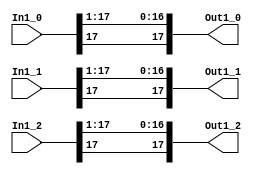
module velocityControlHdl_Double_Range
          (
           In1_0,
           In1_1,
           In1_2,
           Out1_0,
           Out1_1,
           Out1_2
          );
  input   signed [17:0] In1_0;  
  input   signed [17:0] In1_1;  
  input   signed [17:0] In1_2;  
  output  signed [17:0] Out1_0;  
  output  signed [17:0] Out1_1;  
  output  signed [17:0] Out1_2;  
  wire signed [17:0] In1 [0:2];  
  wire signed [17:0] Data_Type_Conversion_out1 [0:2];  
  assign In1[0] = In1_0;
  assign In1[1] = In1_1;
  assign In1[2] = In1_2;
  assign Data_Type_Conversion_out1[0] = {In1[0][17], In1[0][17:1]};
  assign Data_Type_Conversion_out1[1] = {In1[1][17], In1[1][17:1]};
  assign Data_Type_Conversion_out1[2] = {In1[2][17], In1[2][17:1]};
  assign Out1_0 = Data_Type_Conversion_out1[0];
  assign Out1_1 = Data_Type_Conversion_out1[1];
  assign Out1_2 = Data_Type_Conversion_out1[2];
endmodule